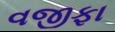
વજીફા